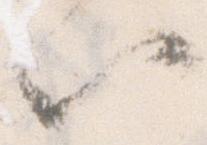
以